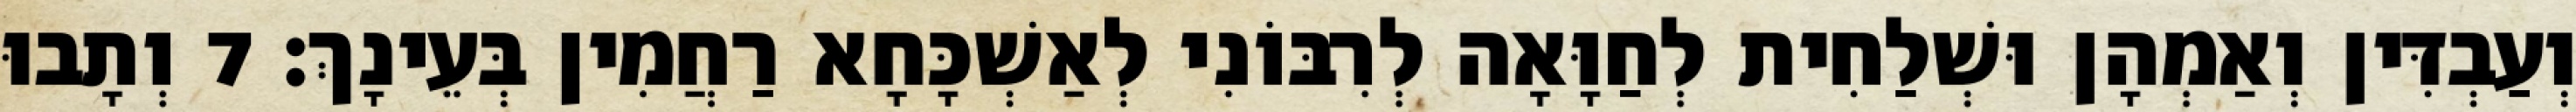
וְעַבְדִּין וְאַמְהָן וּשְׁלַחִית לְחַוָּאָה לְרִבּוֹנִי לְאַשְׁכָּחָא רַחֲמִין בְּעֵינָךְ׃ 7 וְתָבוּ